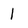
Character: 1